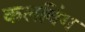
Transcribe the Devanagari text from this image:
कलविंग